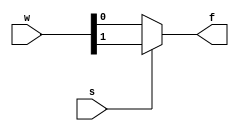
module mux2to1(w,s,f);
input [1:0]w;
input s;
output f;
reg f;
always @(w[0] or w[1] or s)
if (s==0)
f=w[0];
else
f=w[1];
endmodule

module mux4to1(w,s,f);
input [3:0]w;
input [1:0]s;
output f;
wire [1:0]i;
mux2to1 stg0(w[1:0],s[0],i[0]);
mux2to1 stg1(w[3:2],s[0],i[1]);
mux2to1 stg2(i[1:0],s[1],f);
endmodule